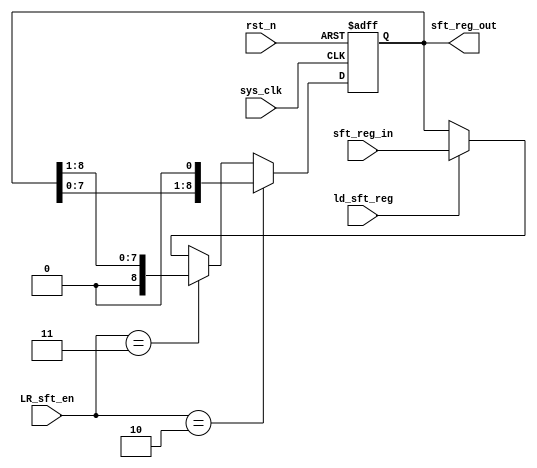
module sft_register(sft_reg_out, sft_reg_in, LR_sft_en, ld_sft_reg, sys_clk, rst_n);
  input wire sys_clk, rst_n, ld_sft_reg;
  input wire [1:0] LR_sft_en;
  input wire [8:0] sft_reg_in;
  
  output reg [8:0] sft_reg_out;
  
  always @(posedge sys_clk or negedge rst_n)
    begin
      if(!rst_n) sft_reg_out <= 0;
      else if(LR_sft_en == 2'b10) sft_reg_out <= sft_reg_out << 1;
      else if(LR_sft_en == 2'b11) sft_reg_out <= sft_reg_out >> 1;  // fsm should be written carefully for shift and load
      else if(ld_sft_reg) sft_reg_out <= sft_reg_in;
      else sft_reg_out <= sft_reg_out;
    end
 
  
endmodule